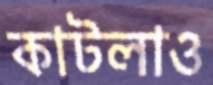
কাটলাও